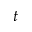
t